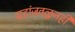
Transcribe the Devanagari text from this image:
ग्रहांजवळूनही